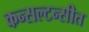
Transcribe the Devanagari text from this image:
कन्सल्टन्सीत